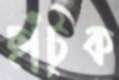
ছাঁটুক